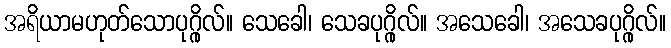
အရိယာမဟုတ်သောပုဂ္ဂိုလ်။ သေခေါ၊ သေခပုဂ္ဂိုလ်။ အသေခေါ၊ အသေခပုဂ္ဂိုလ်။